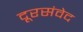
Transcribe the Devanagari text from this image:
दूरसंवेद